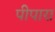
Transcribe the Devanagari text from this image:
पीपारा